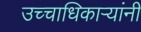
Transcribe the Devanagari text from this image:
उच्चाधिकाऱ्यांनी